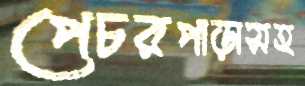
পেচরপাড়াসহ